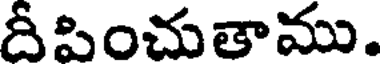
దీపించుతాము.